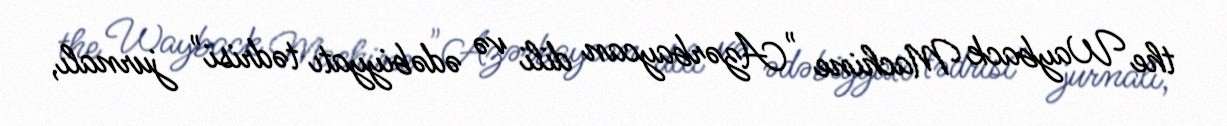
the Wayback Machine "Azərbaycan dili və ədəbiyyatı tədrisi" jurnalı,